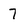
Character: 7